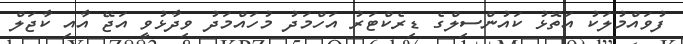
ފުވައްމުލަކު އަތޮޅު ކައުންސިލްގެ ޑިރެކްޓަރު އަހްމަދު މުހައްމަދު ވިދާޅުވީ އަޖޭ އާއި ކާޖަލް